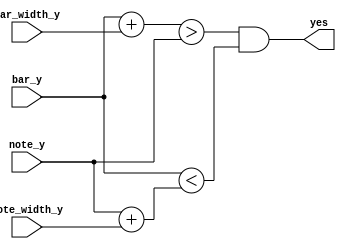
module intersect(yes, note_y, note_width_y, bar_y, bar_width_y);
    // check if note intersects horizontal bar
    // just checks the y values, x values don't change with time
    input [31:0] note_y;
    input [9:0] bar_y, bar_width_y;
    input [6:0] note_width_y;

    output yes; // high if intersecting

    assign yes = (bar_y + bar_width_y > note_y) && (bar_y < note_y + note_width_y);
    
endmodule